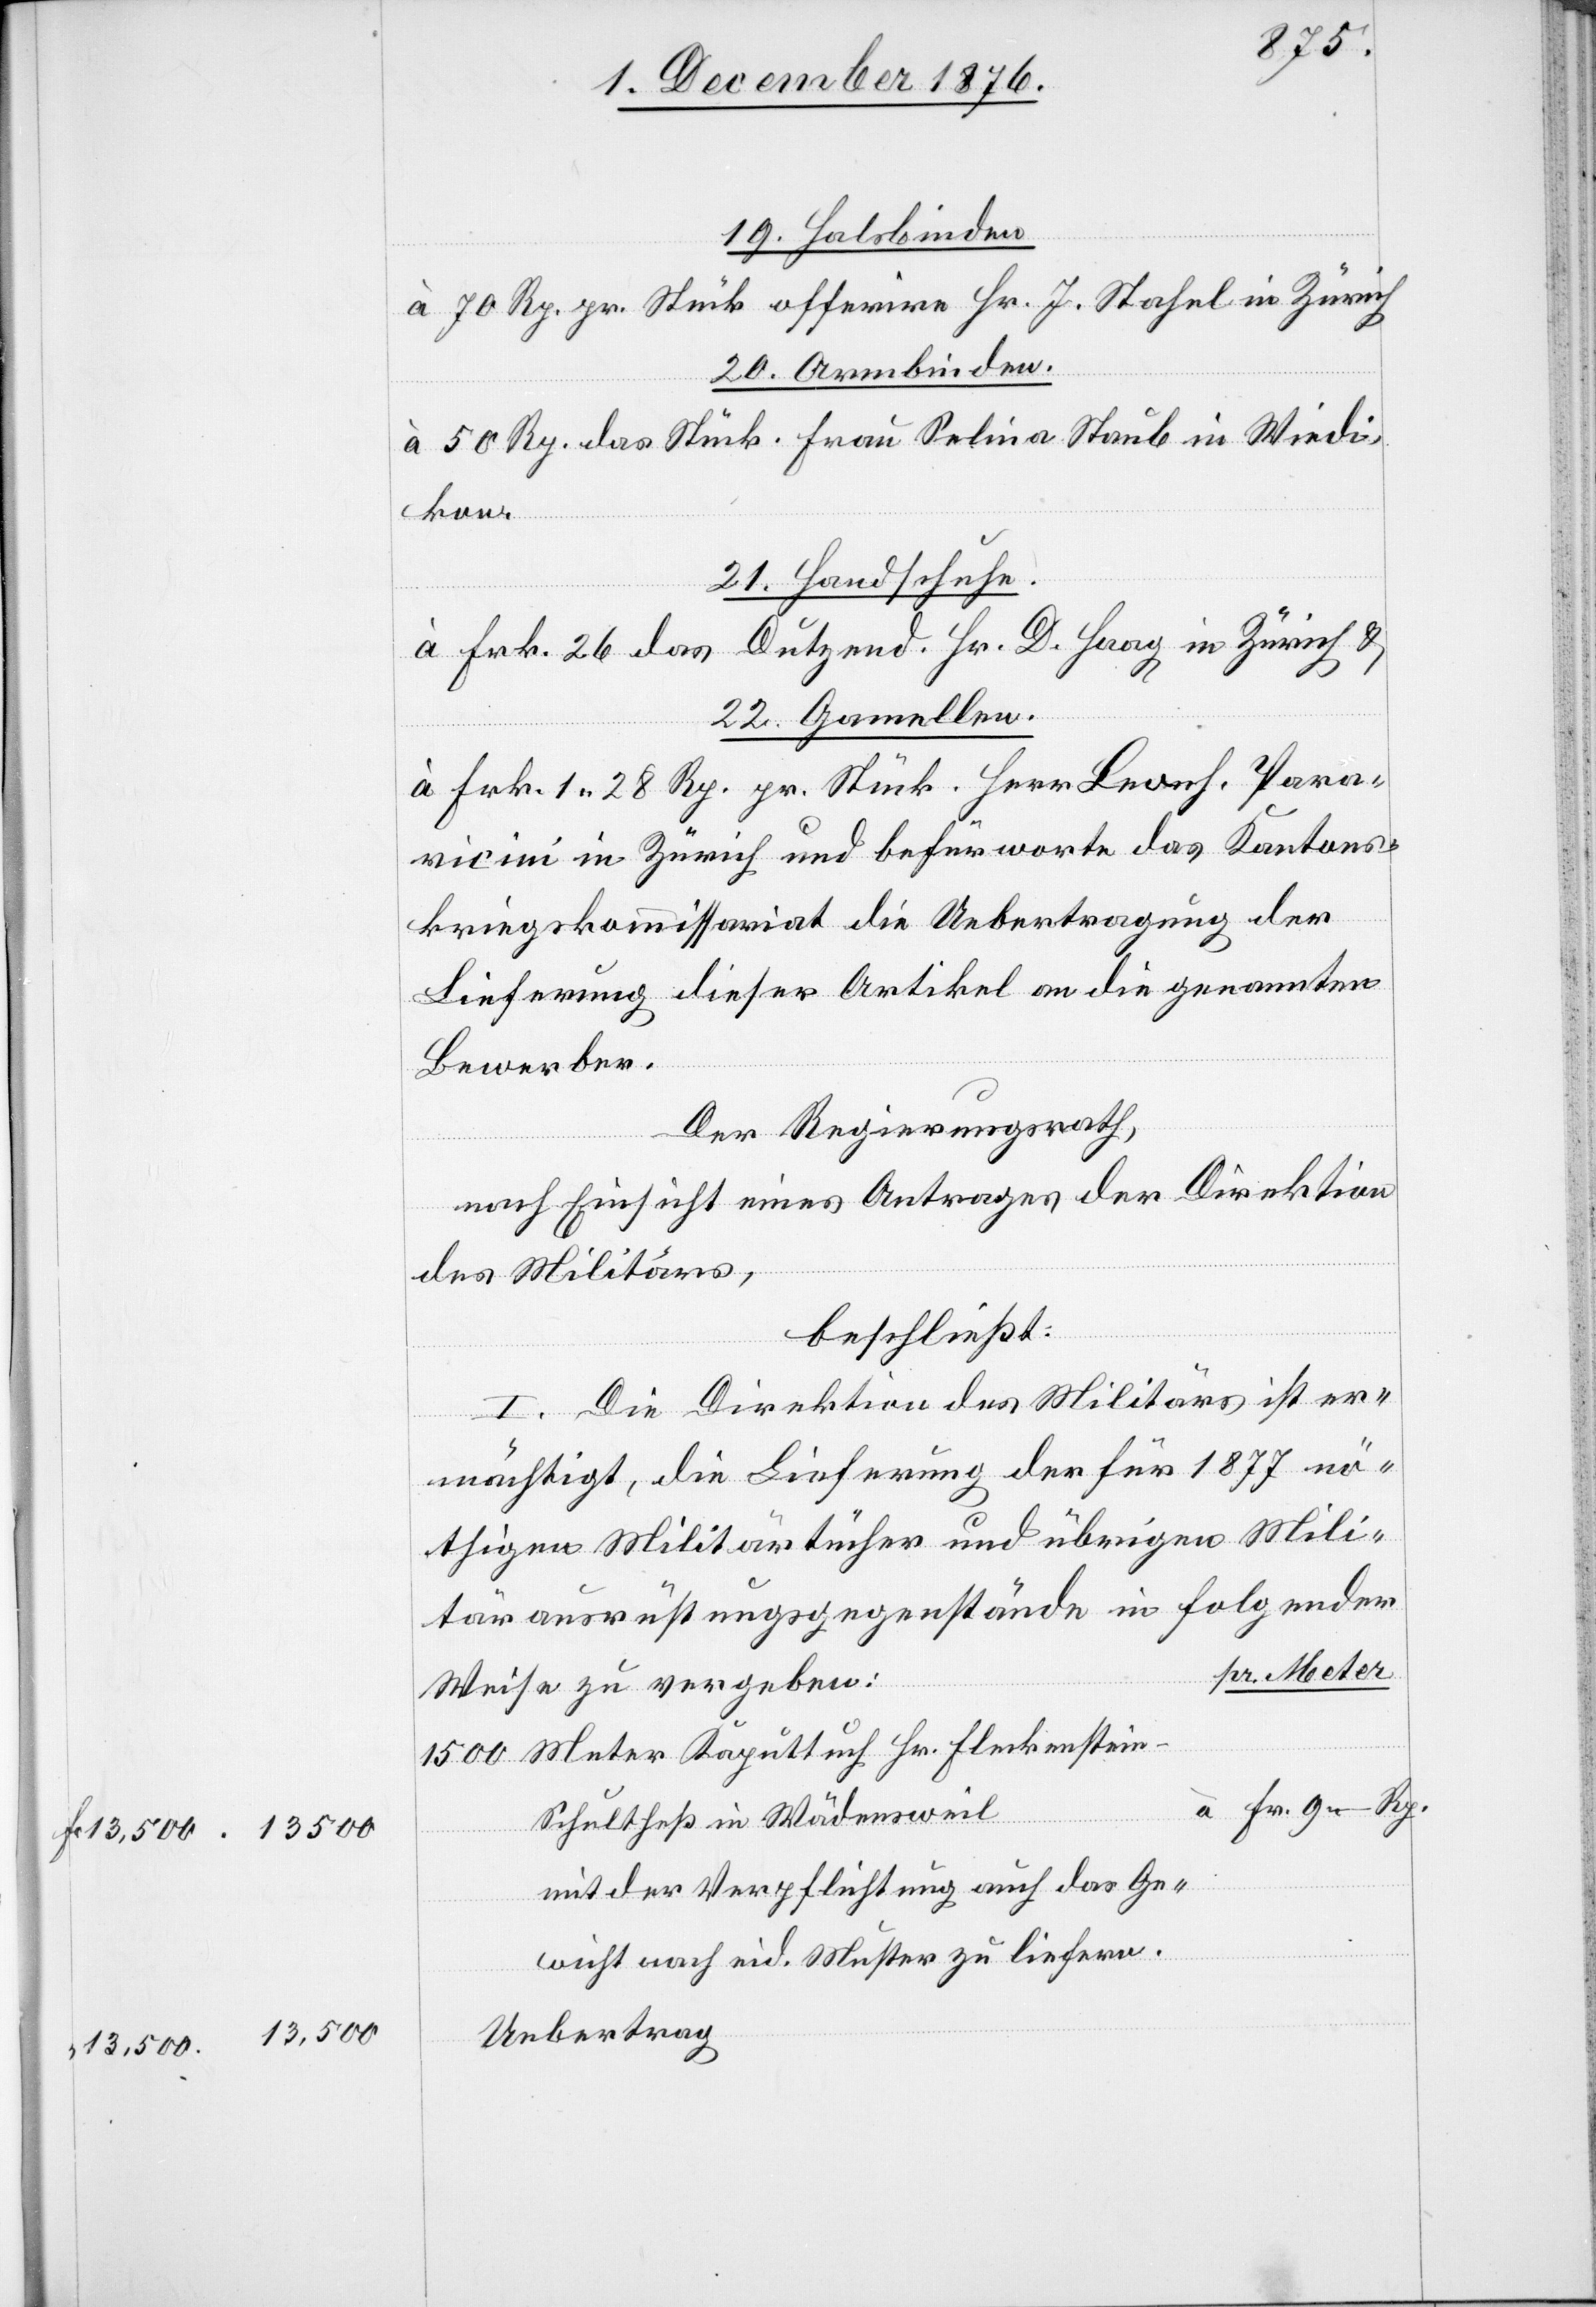
1500
19. Halsbinden
à 70 Rp. pr. Stück offerire Hr. J. Stahel in Zürich
20. Armbinden.
à 50 Rp. das Stück. Frau Selina Staub in Wiedi¬
Fleckenstei¬
21. Handschuhe.
à Frk. 26 das Duzend. Hr. D. Haag in Zürich &
22. Gamellen.
à Frk. 1 28 Rp. pr. Stück. Herr Leonh. Para¬
vacini in Zürich und befürworte das Kantons¬
kriegskommissariat die Uebertragung der
Lieferung dieser Artikel an die genannten
Bewerber.
Der Regierungsrath,
nach Einsicht eines Antrages der Direktion
des Militärs,
beschließt:
I. Die Direktion des Militärs ist er¬
mächtigt, die Lieferung der für 1877 nö¬
thigen Militärtücher und übrigen Mili¬
tärausrüstungsgegenstände in folgender
pr. Meter
Weise zu vergeben:
n-Schultheß in Wädensweil
mit der Verpflichtung auch das Ge¬
wicht nach eid. Muster zu liefern.
Uebertrag